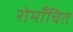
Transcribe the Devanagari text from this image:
रोमाँचित